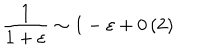
LaTeX: \frac { 1 } { 1 + \varepsilon } \sim 1 - \varepsilon + 0 \left( 2 \right)